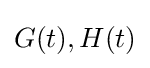
G(t),H(t)